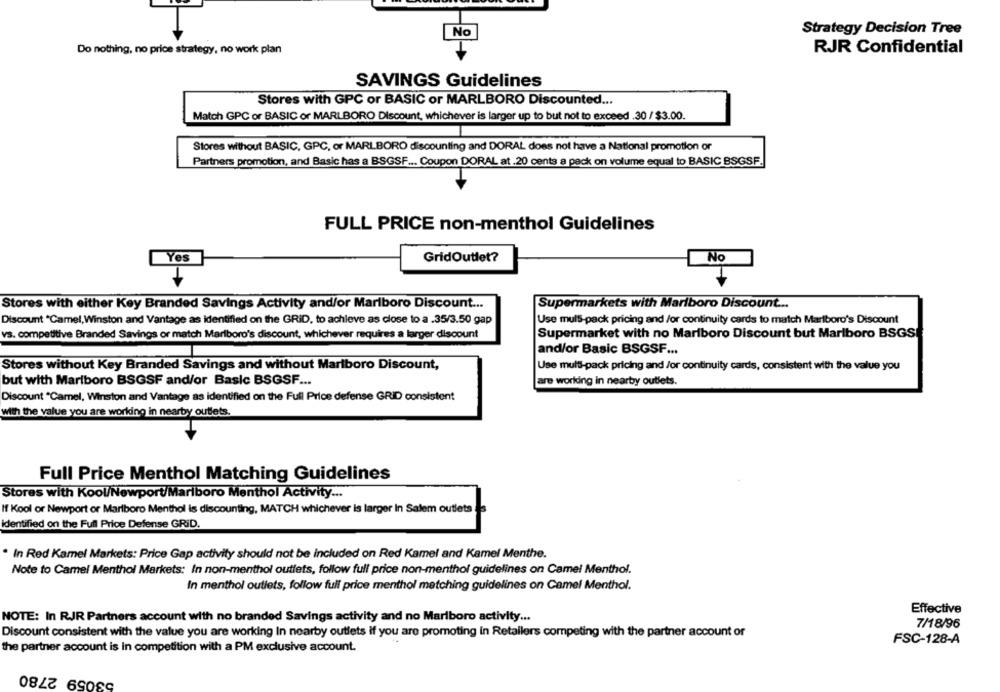
No
Strategy Decision Tree
Do nothing, no price strategy, no work plan
RJR Confidential
SAVINGS Guidelines
Stores with GPC or BASIC or MARLBORO Discounted ...
Match GPC or BASIC or MARLBORO Discount, whichever is larger up to but not to exceed .30 / $3.00.
Stores without BASIC, GPC, or MARLBORO discounting and DORAL does not have a National promotion or
Partners promotion, and Basic has a BSGSF ... Coupon DORAL at .20 cents a pack on volume equal to BASIC BSGSF.
FULL PRICE non-menthol Guidelines
Yes
GridOutlet?
No
Stores with either Key Branded Savings Activity and/or Marlboro Discount ...
Supermarkets with Marlboro Discount ...
Discount *Camel, Winston and Vantage as identified on the GRID, to achieve as close to a .35/3.50 gap
Use muls-pack pricing and /or continuity cards to match Marlboro's Discount
vs. competitive Branded Savings or match Marlboro's discount, whichever requires a larger discount
Supermarket with no Marlboro Discount but Marlboro BSGS
and/or Basic BSGSF ...
Stores without Key Branded Savings and without Marlboro Discount,
Use multi-pack pricing and /or continuity cards, consistent with the value you
but with Marlboro BSGSF and/or Basic BSGSF ...
are working in nearby outlets.
Discount "Camel, Winston and Vantage as identified on the Full Price defense GRID consistent
with the value you are working in nearby outlets.
Full Price Menthol Matching Guidelines
Stores with Kool/Newport/Marlboro Menthol Activity ...
If Kool or Newport or Marlboro Menthol is discounting, MATCH whichever is larger In Salem outlets .s
identified on the Full Price Defense GRID.
* In Red Kamel Markets: Price Gap activity should not be included on Red Kamel and Kamel Menthe.
Note to Camel Menthol Markets: In non-menthol outlets, follow full price non-menthol guidelines on Camel Menthol.
In menthol outlets, follow full price menthol matching guidelines on Camel Menthol.
Effective
NOTE: In RJR Partners account with no branded Savings activity and no Marlboro activity ...
7/18/96
Discount consistent with the value you are working In nearby outlets if you are promoting in Retailers competing with the partner account or
FSC-128-A
the partner account is in competition with a PM exclusive account.
53059 2780